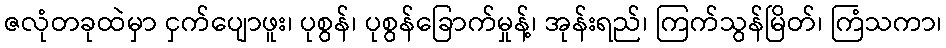
ဇလုံတခုထဲမှာ ငှက်ပျောဖူး၊ ပုစွန်၊ ပုစွန်ခြောက်မှုန့်၊ အုန်းရည်၊ ကြက်သွန်မြိတ်၊ ကြံသကာ၊